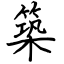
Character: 築